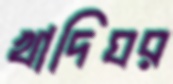
খাদিঘর